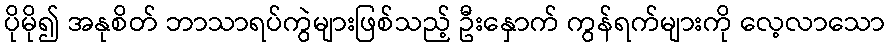
ပိုမို၍ အနုစိတ် ဘာသာရပ်ကွဲများဖြစ်သည့် ဦးနှောက် ကွန်ရက်များကို လေ့လာသော